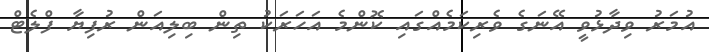
އުމަރު ވިދާޅުވީ އޭނަގެ ވެރިކަމެއްގައި ކޮންމެ އަހަރަކު ތިން ބިލިއަން ރުފިޔާ ފްލެޓް